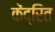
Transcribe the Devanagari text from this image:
केंद्रित